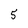
Character: 5